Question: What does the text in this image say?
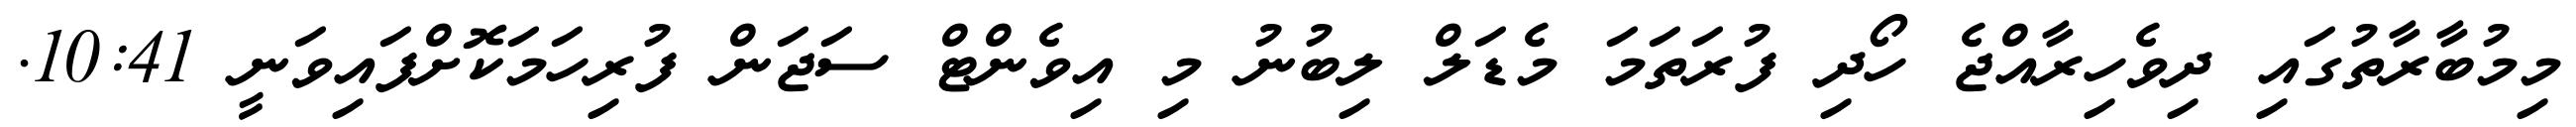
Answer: މިމުބާރާތުގައި ދިވެހިރާއްޖެ ހޯދި ފުރަތަމަ މެޑަލް ލިބުނު މި އިވެންޓް ސަޖަން ފުރިހަމަކޮށްފައިވަނީ 10:41.